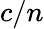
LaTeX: c/n